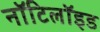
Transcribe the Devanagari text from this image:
नॉटिलॉइड